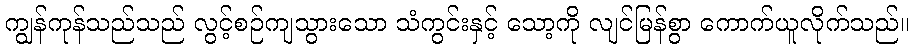
ကျွန်ကုန်သည်သည် လွင့်စဉ်ကျသွားသော သံကွင်းနှင့် သော့ကို လျင်မြန်စွာ ကောက်ယူလိုက်သည်။